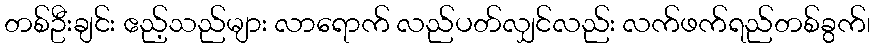
တစ်ဦးချင်း ဧည့်သည်များ လာရောက် လည်ပတ်လျှင်လည်း လက်ဖက်ရည်တစ်ခွက်၊